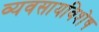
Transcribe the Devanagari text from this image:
व्यवसायविशेष